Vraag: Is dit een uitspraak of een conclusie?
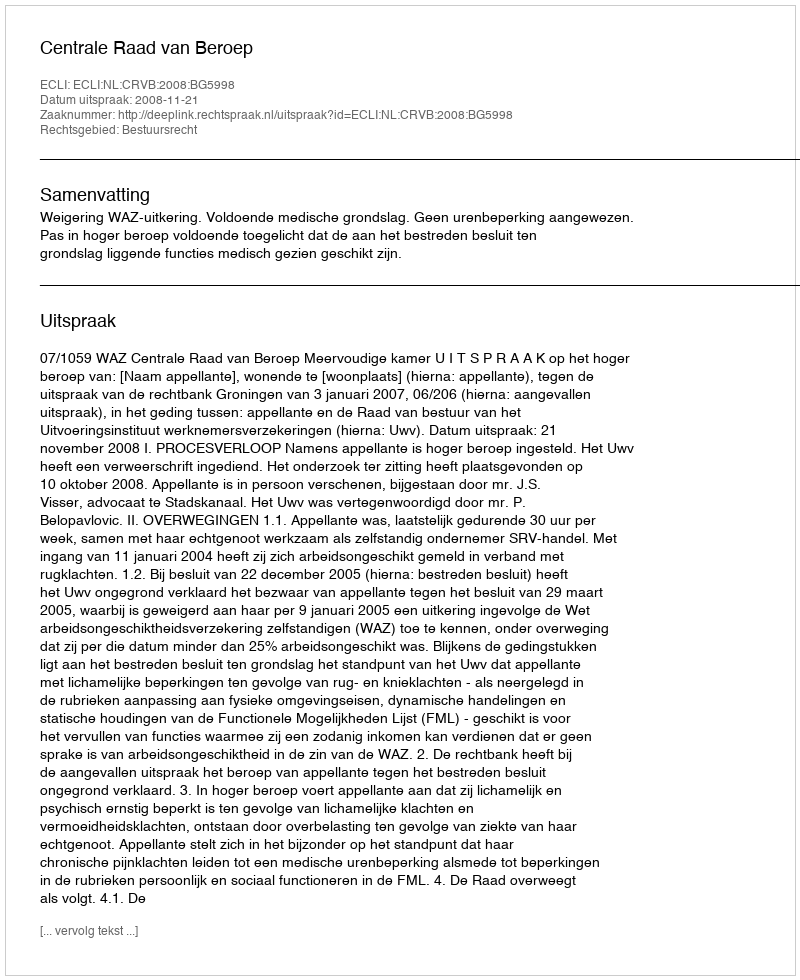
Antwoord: Uitspraak